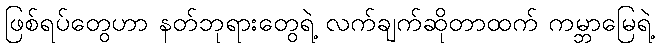
ဖြစ်ရပ်တွေဟာ နတ်ဘုရားတွေရဲ့ လက်ချက်ဆိုတာထက် ကမ္ဘာမြေရဲ့